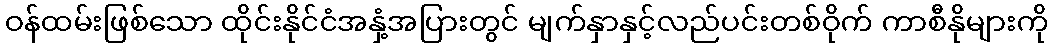
ဝန်ထမ်းဖြစ်သော ထိုင်းနိုင်ငံအနှံ့အပြားတွင် မျက်နှာနှင့်လည်ပင်းတစ်ဝိုက် ကာစီနိုများကို